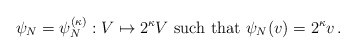
\begin{align*}\psi_N = \psi_N^{(\kappa)} : V\mapsto 2^\kappa V\mbox{ such that }\psi_N(v) = 2^\kappa v\,.\end{align*}